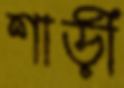
শাড়ী